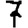
Digit: 7